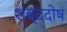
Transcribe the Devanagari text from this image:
शब्ददोष